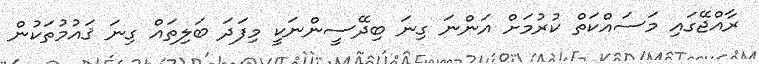
ރާއްޖޭގައި މަސައްކަތް ކުރުމަށް އަންނަ ގިނަ ބިދޭސީންނަކީ މިފަދަ ބަލިތައް ގިނަ ޤައުމުތަކުން